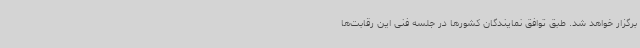
برگزار خواهد شد. طبق توافق نمایندگان کشورها در جلسه فنی این رقابت‌ها